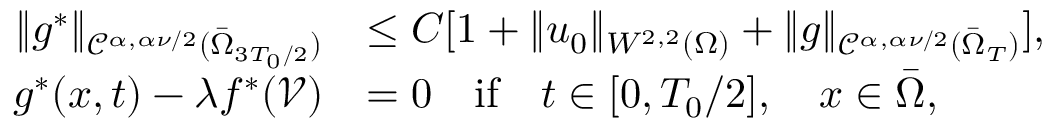
\begin{array} { r l } { \| g ^ { * } \| _ { \mathcal { C } ^ { \alpha , \alpha \nu / 2 } ( \bar { \Omega } _ { 3 T _ { 0 } / 2 } ) } } & { \leq C [ 1 + \| u _ { 0 } \| _ { W ^ { 2 , 2 } ( \Omega ) } + \| g \| _ { \mathcal { C } ^ { \alpha , \alpha \nu / 2 } ( \bar { \Omega } _ { T } ) } ] , } \\ { g ^ { * } ( x , t ) - \lambda f ^ { * } ( \mathcal { V } ) } & { = 0 \quad \mathrm { i f } \quad t \in [ 0 , T _ { 0 } / 2 ] , \quad x \in \bar { \Omega } , } \end{array}